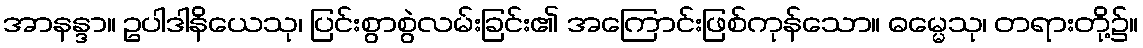
အာနန္ဒာ။ ဥပါဒါနိယေသု၊ ပြင်းစွာစွဲလမ်းခြင်း၏ အကြောင်းဖြစ်ကုန်သော။ ဓမ္မေသု၊ တရားတို့၌။